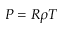
P = R \rho T